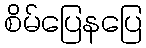
စိမ်ပြေနပြေ